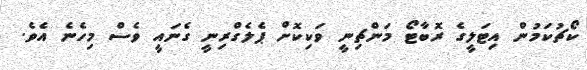
ކޯޗުކަމުން އިޓަލީގެ ރޮބާޓޯ މަންޗިނީ ވަކިކޮށް ޕެލެގްރިނީ ގެނައީ ވެސް މިހެނެ އެވެ.